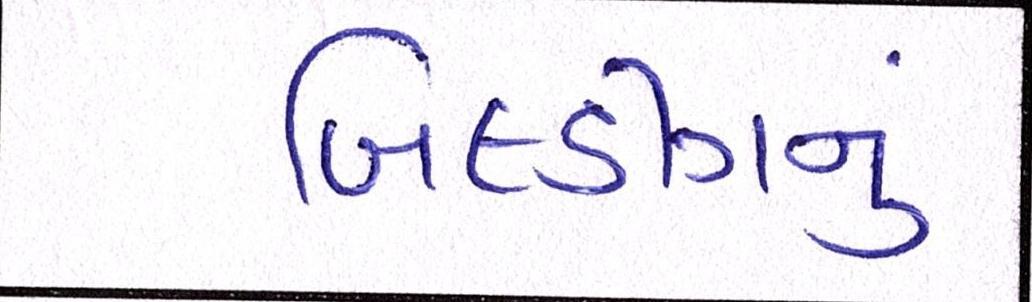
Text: બિલ્ડીંગનું